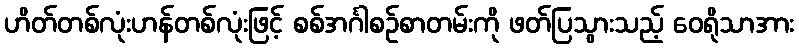
ဟိတ်တစ်လုံးဟန်တစ်လုံးဖြင့် စစ်အင်္ဂါစဉ်စာတမ်းကို ဖတ်ပြသွားသည့် ဝေရိုသာအား